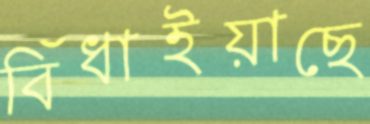
বিঁধাইয়াছে